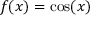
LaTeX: f ( x ) = \cos ( x )